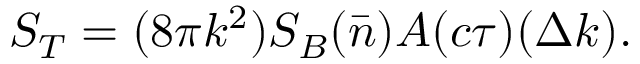
S _ { T } = ( 8 \pi k ^ { 2 } ) S _ { B } ( \bar { n } ) A ( c \tau ) ( \Delta k ) .